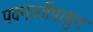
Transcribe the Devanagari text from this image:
पवनउर्जेपासुन